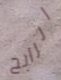
الرابح